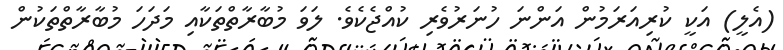
(އެލީ) އަކީ ކުރިއަރަމުން އަންނަ ހުނަރުވެރި ކުއްޖެކެވެ. ލަވަ މުބާރާތްތަކާއި މަދަހަ މުބާރާތްތަކުން